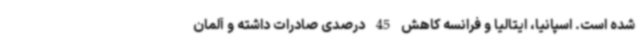
شده است. اسپانیا، ایتالیا و فرانسه کاهش 45 درصدی صادرات داشته و آلمان